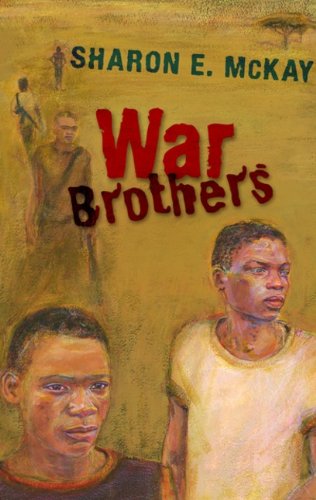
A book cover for War Brothers; Sharon Mckay; Teen & Young Adult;